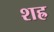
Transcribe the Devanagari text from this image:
शह्र